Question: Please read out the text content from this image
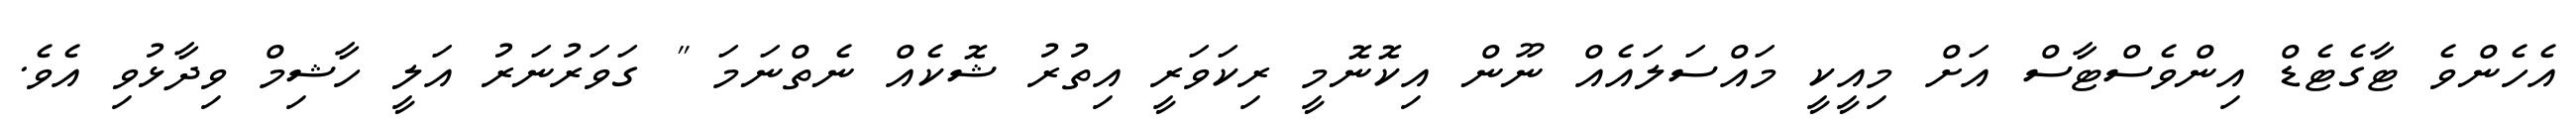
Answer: އެހެންވެ ޓާގެޓެޑް އިންވެސްޓާސް އަށް މިއީކީ މައްސަލައެއް ނޫން އިކޮނޮމީ ރިކަވަރީ އިތުރު ޝޮކެއް ނެތްނަމަ " ގަވަރުނަރު އަލީ ހާޝިމް ވިދާޅުވި އެވެ.